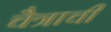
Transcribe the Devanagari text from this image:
चैत्राची